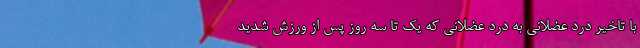
با تاخیر درد عضلانی به درد عضلانی که یک تا سه روز پس از ورزش شدید